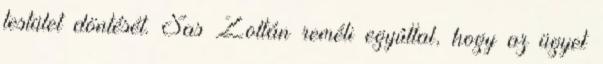
testület döntését. Sas Zoltán reméli egyúttal, hogy az ügyet